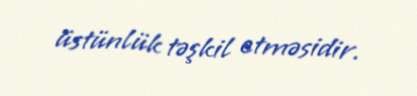
üstünlük təşkil etməsidir.